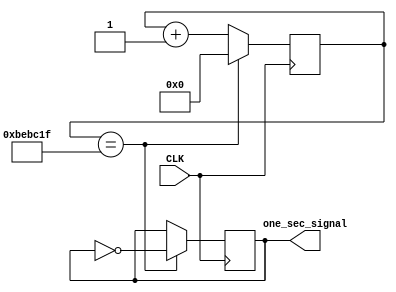
`timescale 1ns / 1ps
//////////////////////////////////////////////////////////////////////////////////
// Company: 
// Engineer: 
// 
// Design Name: 
// Module Name: clk_one_sec
// Project Name: 
// Target Devices: 
// Tool Versions: 
// Description: 
// 
// Dependencies: 
// 
// Revision:
// Revision 0.01 - File Created
// Additional Comments:
// 
//////////////////////////////////////////////////////////////////////////////////

//Not 1 second  but around 0.25
module clk_one_sec(
input CLK,
output reg one_sec_signal = 1
    );

reg [25:0] counter = 0;

always @(posedge CLK)
begin 
counter <= (counter == 12499999)?0 : counter + 1;
one_sec_signal <= (counter == 12499999)? ~one_sec_signal : one_sec_signal;
end
    
endmodule